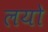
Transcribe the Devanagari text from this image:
लयो